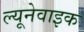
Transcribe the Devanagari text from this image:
ल्यूनेवाइक